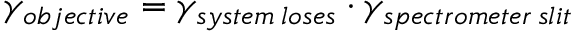
\gamma _ { o b j e c t i v e } = \gamma _ { s y s t e m \: l o s e s } \cdot \gamma _ { s p e c t r o m e t e r \: s l i t }